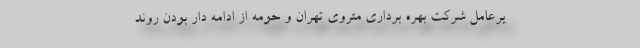
یرعامل شرکت بهره برداری متروی تهران و حومه از ادامه دار بودن روند